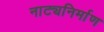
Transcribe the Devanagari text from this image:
नाट्यनिर्माण